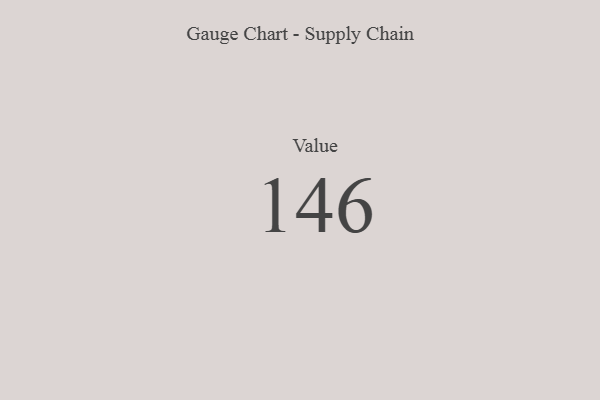
{"axis": {"x": "Metric", "y": "Value"}, "legend": [""], "data": [{"x": "Value", "y": 146, "type": ""}]}